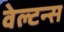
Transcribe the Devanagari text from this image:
वेल्टन्स